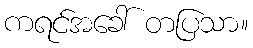
ကရင်အခေါ် တပြသာ။